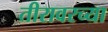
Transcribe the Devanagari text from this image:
तीरावरच्या